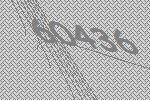
60436